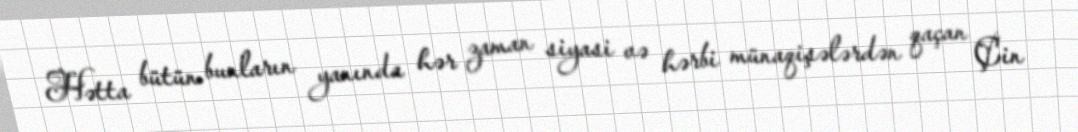
Hətta bütün bunların yanında hər zaman siyasi və hərbi münaqişələrdən qaçan Çin